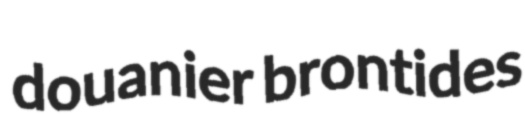
douanier brontides